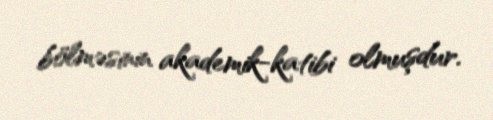
bölməsinin akademik-katibi olmuşdur.